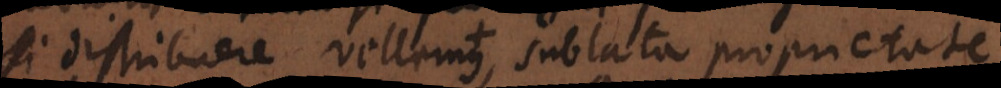
distribuere vellemus, sublata proprietate